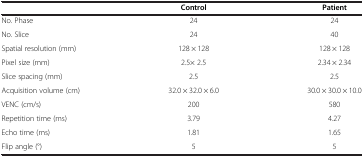
<table><thead><tr><td><b> </b></td><td><b>Control</b></td><td><b>Patient</b></td></tr></thead><tbody><tr><td>No. Phase</td><td>24</td><td>24</td></tr><tr><td>No. Slice</td><td>24</td><td>40</td></tr><tr><td>Spatial resolution (mm)</td><td>128 × 128</td><td>128 × 128</td></tr><tr><td>Pixel size (mm)</td><td>2.5× 2.5</td><td>2.34 × 2.34</td></tr><tr><td>Slice spacing (mm)</td><td>2.5</td><td>2.5</td></tr><tr><td>Acquisition volume (cm)</td><td>32.0 × 32.0 × 6.0</td><td>30.0 × 30.0 × 10.0</td></tr><tr><td>VENC (cm/s)</td><td>200</td><td>580</td></tr><tr><td>Repetition time (ms)</td><td>3.79</td><td>4.27</td></tr><tr><td>Echo time (ms)</td><td>1.81</td><td>1.65</td></tr><tr><td>Flip angle (°)</td><td>5</td><td>5</td></tr></tbody></table>